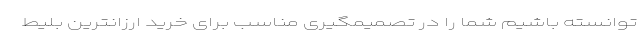
توانسته باشیم شما را در تصمیمگیری مناسب برای خرید ارزانترین بلیط